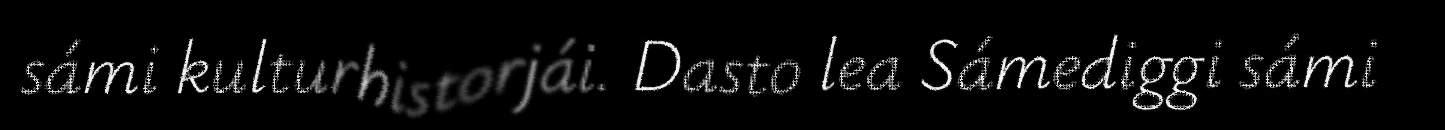
sámi kulturhistorjái. Dasto lea Sámediggi sámi